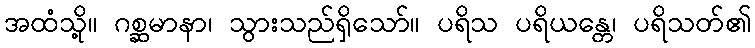
အထံသို့။ ဂစ္ဆမာနာ၊ သွားသည်ရှိသော်။ ပရိသ ပရိယန္တေ၊ ပရိသတ်၏